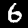
Digit: 6